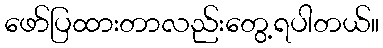
ဖော်ပြထားတာလည်းတွေ့ရပါတယ်။